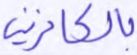
بالكافرين